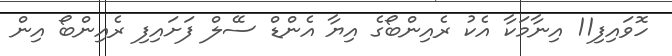
ހޮވައިފި11 އިނާމަކާ އެކު ރެއިންބޯގެ އިޔާ އެންޑް ސޭލް ފަށައިފި ރެއިންބޯ އިން